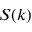
S ( k )